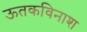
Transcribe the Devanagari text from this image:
ऊतकविनाश